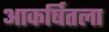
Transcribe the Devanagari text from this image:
आकर्षितला